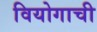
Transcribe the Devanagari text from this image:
वियोगाची